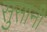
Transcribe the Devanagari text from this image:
सुसानी